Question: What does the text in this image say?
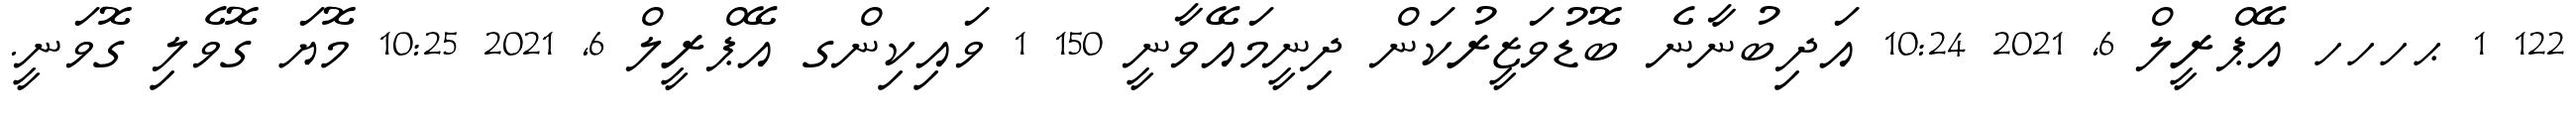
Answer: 122 1 ޙހހހ އޭޕްރީލް 6, 2021 10:24 އަދިބުނާނެ ބޮޑުވަޒީރުކަން ދިނީމައޭވާނީ 150 1 ވައިކިންގ އޭޕްރީލް 6, 2021 10:25 މޮޔަ ގޮވެލި ގޮވަނީ.